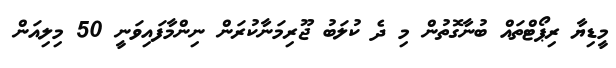
މީޑިޔާ ރިޕޯޓްތައް ބުނާގޮތުން މި ދެ ކުލަބު ޖޫރިމަނާކުރަން ނިންމާފައިވަނީ 50 މިލިއަން